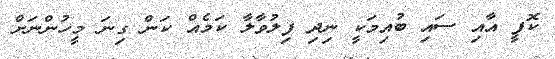
ކޮފީ އާއި ސައި ބުއިމަކީ ނިދި ފިލުވާލާ ކަމެއް ކަން ގިނަ މީހުންނަށް